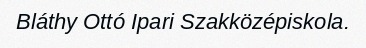
Bláthy Ottó Ipari Szakközépiskola.